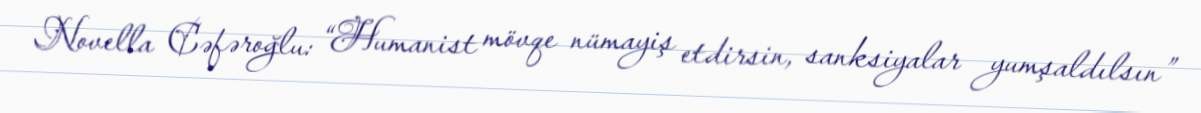
Novella Cəfəroğlu: “Humanist mövqe nümayiş etdirsin, sanksiyalar yumşaldılsın”